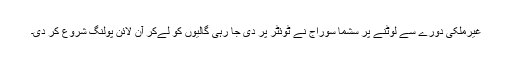
غیرملکی دورے سے لوٹنے پر سشما سوراج نے ٹوئٹر پر دی جا رہی گالیوں کو لےکر آن لائن پولنگ شروع کر دی۔